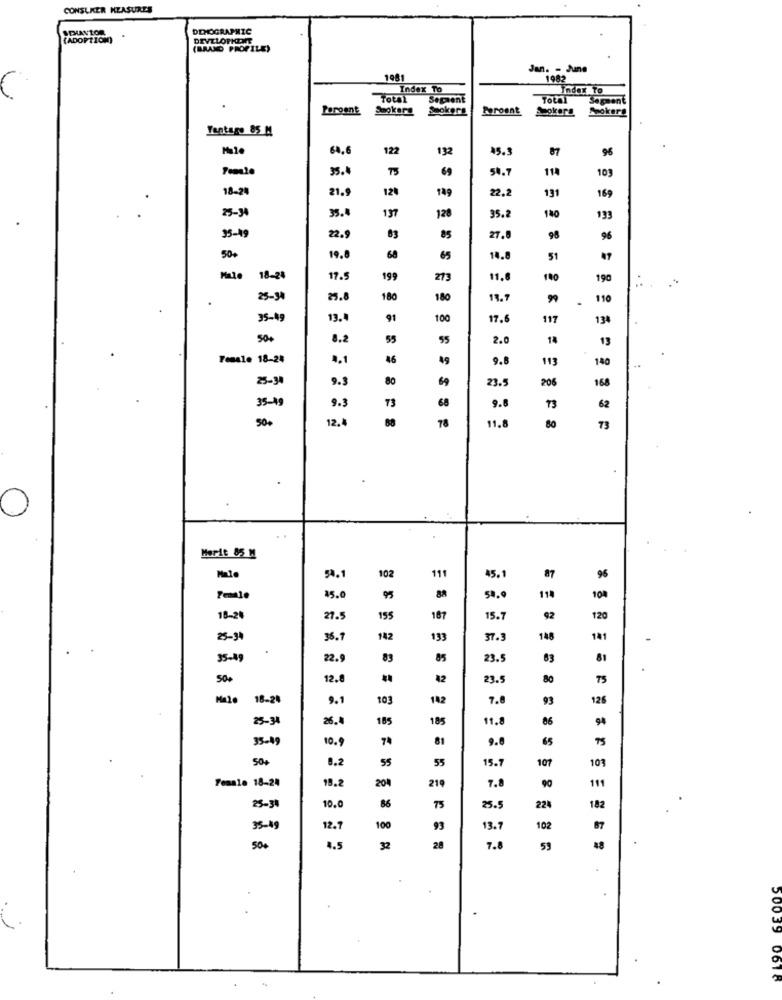
CONSUKER MEASURES
IDUNTOR
DEMOGRAPHIC
(ADOPTION)
DEVELOPKENE
(BRAND PROPILE)
Jan. - June
1081
1982
Index To
Index To
Segaent
Total
Segment
Fargent
Sookerg
Smokers
Proent
Sokerg
Tantago 85 M
64,6
122
132
45.3
96
35.
69
114
103
18-24
21.9
120
149
22.
131
169
25-34
35.4
137
128
35.
140
133
35-19
22.9
83
85
27.
98
96
50+
19.0
68
65
14.8
51
47
18-24
17.5
199
213
11.6
100
190
25-34
25.8
180
180
18. 7
99
110
35-49
13.4
91
100
17.6
117
134
500
8.2
55
55
2.0
14
13
Female 18-24
1.1
46
49
9.8
113
140
25-34
9.3
80
69
23.5
206
168
35-19
9.3
73
68
9.8
73
62
50+
12.
11.8
68
78
80
73
Merit 85 M
96
54.1
102
111
45.
87
15.0
95
88
50,0
114
18-20
27.5
155
187
15.7
92
120
25-34
36.7
142
133
37.3
148
35-49
22.
83
85
23.5
63
81
500
12.8
42
23.5
80
18-24
9.1
101
142
7.8
93
126
25-34
26.
185
185
11.8
86
94
35-49
10.
74
81
9.8
65
50+
8.2
55
55
15.7
107
103
Female 18-24
19.2
204
219
7.8
90
11
10.0
25-31
86
75
25.5
224
182
35-49
12.1
100
93
13.1
102
87
50+
4.5
32
20
7.8
59
50039 0618